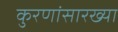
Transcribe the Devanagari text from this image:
कुरणांसारख्या